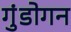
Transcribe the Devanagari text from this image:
गुंडोगन